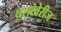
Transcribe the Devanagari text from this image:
घराखेरीज